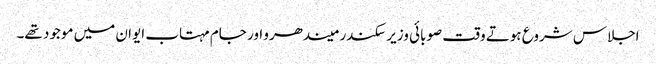
اجلاس شروع ہوتے وقت صوبائی وزیر سکندر میندھرو اور جام مہتاب ایوان میں موجود تھے۔